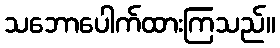
သဘောပေါက်ထားကြသည်။